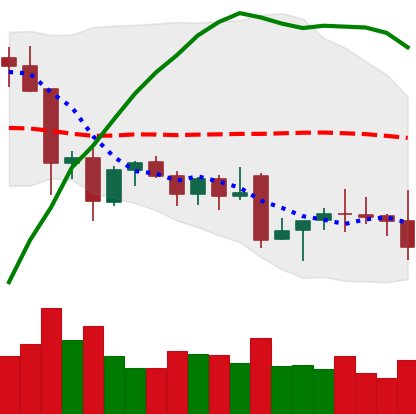
Ticker: EOS-USD
Chart end date: 2021-12-03
Forward return: -3.666%
Label: down_3_5